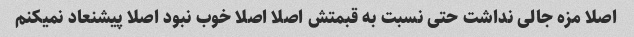
اصلا مزه جالی نداشت حتی نسبت به قبمتش اصلا اصلا خوب نبود اصلا پیشنعاد نمیکنم